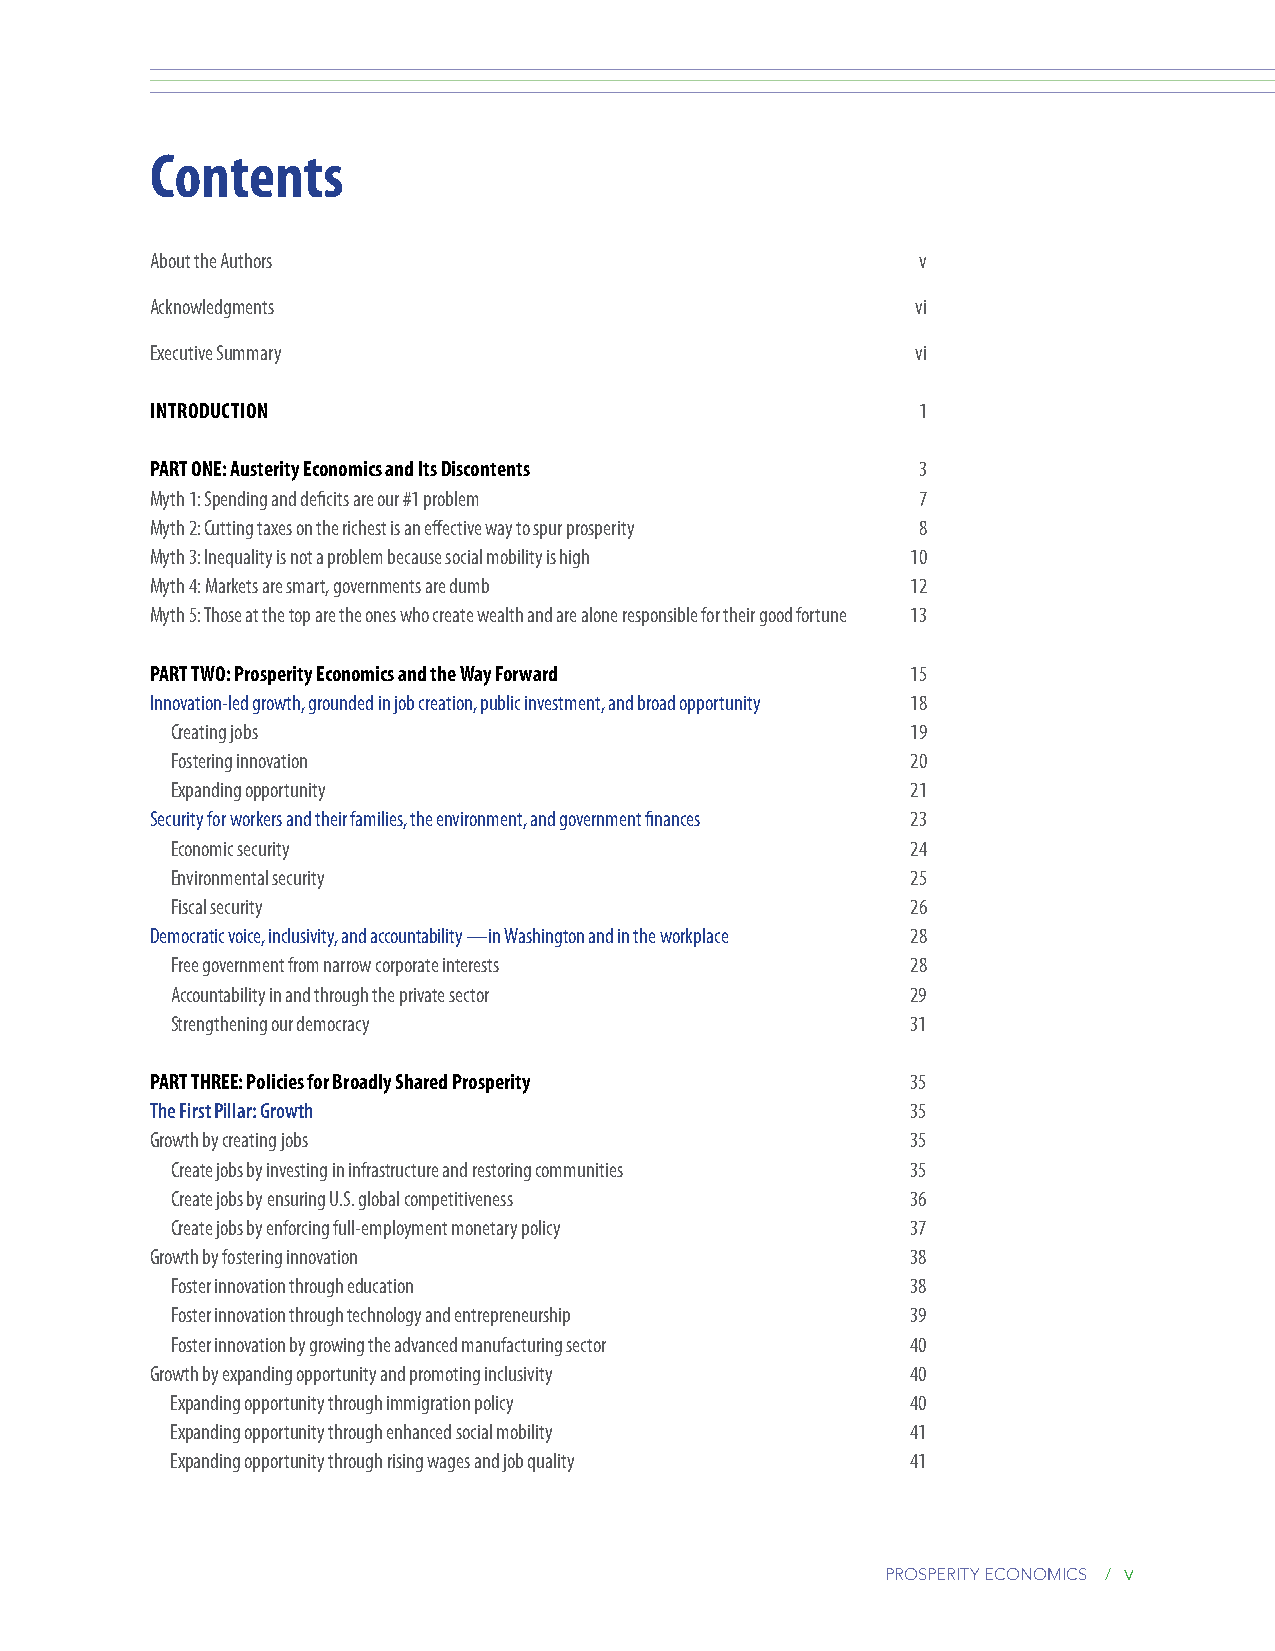
contents
 About the Authors                                  v
 Acknowledgments                                    vi
 Executive Summary                                  vi
 introduction                                       1
 PArt one: Austerity economics and its discontents  3
 Myth 1: Spending and deficits are our #1 problem   7
 Myth 2: Cutting taxes on the richest is an effective way to spur prosperity 8
 Myth 3: Inequality is not a problem because social mobility is high 10
 Myth 4: Markets are smart, governments are dumb   12
 Myth 5: Those at the top are the ones who create wealth and are alone responsible for their good fortune 13
 PArt tWo: Prosperity economics and the Way Forward 15
 Innovation-led growth, grounded in job creation, public investment, and broad opportunity 18
 Creating jobs                                    19
 Fostering innovation                             20
 Expanding opportunity                            21
 Security for workers and their families, the environment, and government finances 23
 Economic security                                24
 Environmental security                           25
 Fiscal security                                  26
 Democratic voice, inclusivity, and accountability —in Washington and in the workplace 28
 Free government from narrow corporate interests  28
 Accountability in and through the private sector 29
 Strengthening our democracy                      31
 PArt tHree: Policies for Broadly shared Prosperity 35
 The First Pillar: Growth                          35
 Growth by creating jobs                           35
 Create jobs by investing in infrastructure and restoring communities 35
 Create jobs by ensuring U.S. global competitiveness 36
 Create jobs by enforcing full-employment monetary policy 37
 Growth by fostering innovation                    38
 Foster innovation through education              38
 Foster innovation through technology and entrepreneurship 39
 Foster innovation by growing the advanced manufacturing sector 40
 Growth by expanding opportunity and promoting inclusivity 40
 Expanding opportunity through immigration policy 40
 Expanding opportunity through enhanced social mobility 41
 Expanding opportunity through rising wages and job quality 41
 prosperity economics / v